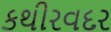
કથીરવદર